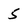
Character: 5